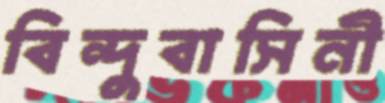
বিন্দুবাসিনী